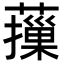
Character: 𦾱